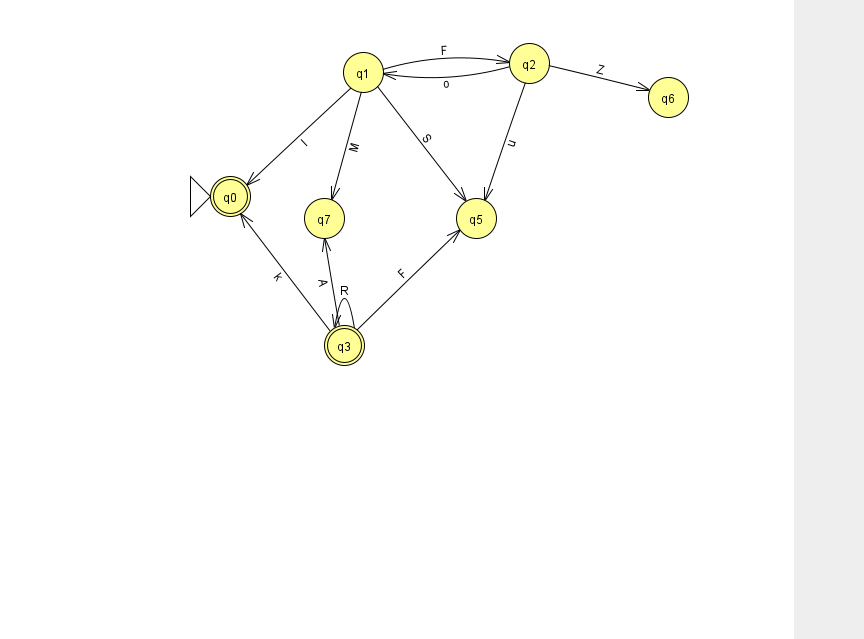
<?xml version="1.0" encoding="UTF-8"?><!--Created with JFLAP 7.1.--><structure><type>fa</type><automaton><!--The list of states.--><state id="0" name="q0"><x>230.0</x><y>183.0</y><initial/><final/></state><state id="1" name="q1"><x>363.0</x><y>59.0</y></state><state id="2" name="q2"><x>529.0</x><y>50.0</y></state><state id="3" name="q3"><x>344.0</x><y>332.0</y><final/></state><state id="5" name="q5"><x>476.0</x><y>205.0</y></state><state id="6" name="q6"><x>668.0</x><y>84.0</y></state><state id="7" name="q7"><x>324.0</x><y>205.0</y></state><!--The list of transitions.--><transition><from>1</from><to>7</to><read>M</read></transition><transition><from>2</from><to>5</to><read>u</read></transition><transition><from>3</from><to>3</to><read>R</read></transition><transition><from>1</from><to>0</to><read>l</read></transition><transition><from>2</from><to>6</to><read>Z</read></transition><transition><from>1</from><to>2</to><read>F</read></transition><transition><from>1</from><to>5</to><read>S</read></transition><transition><from>3</from><to>0</to><read>k</read></transition><transition><from>3</from><to>5</to><read>F</read></transition><transition><from>3</from><to>7</to><read>A</read></transition><transition><from>2</from><to>1</to><read>o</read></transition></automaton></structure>